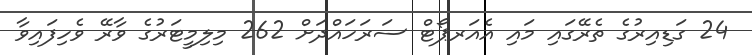
24 ގަޑިއިރުގެ ތެރޭގައި މައި އެއަރޕޯޓް ސަރަހައްދަށް 262 މިލިމީޓަރުގެ ވާރޭ ވެހިފައިވާ